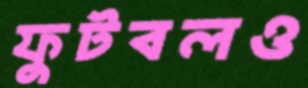
ফুটবলও